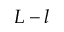
L - l